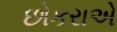
છોકરાએ